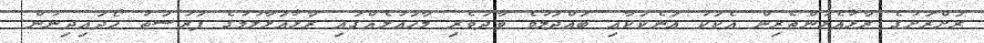
ރަށްރަށުގެ ރާޅާއެޅުންތެރިން އެކަކު އަނެކަކާއި ބައްދަލުވެ ވާދަވެރި މާހައުލެއްގައި ރާޅާއަޅާލުމުގެ ފުރުސަތު ހޯދައިދިނުން.